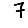
Digit: 7